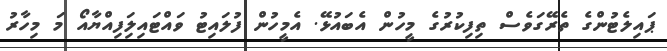
ޕައިލެޓުންގެ ތެރޭގަވެސް ތިފިކުރުގެ މީހުން އެބައުޅޭ. އެމީހުން ފުލައިޓު ވައްޓައިލަިފިއްޔާއޯ މަ މިހާރު